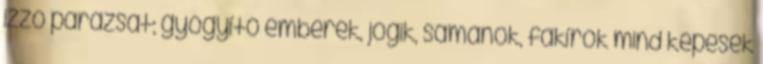
izzó parazsat; gyógyító emberek, jógik, sámánok, fakírok mind képesek